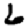
Digit: 6